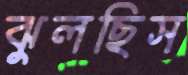
ঝুলছিস